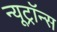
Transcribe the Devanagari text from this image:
न्यूट्रॉन्स